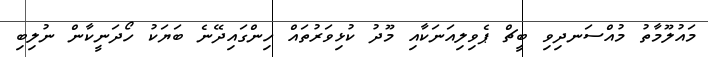
މައުލޫމާތު މުއްސަނދިވި ބީޗް ޕެވިލިއަނަކާއި މޫދު ކުޅިވަރުތައް ހިންގައިދޭނެ ބަޔަކު ހޯދަނީކާން ނުލިބި